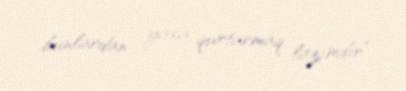
bunlardan yaxa qurtarmaq lazımdır”.